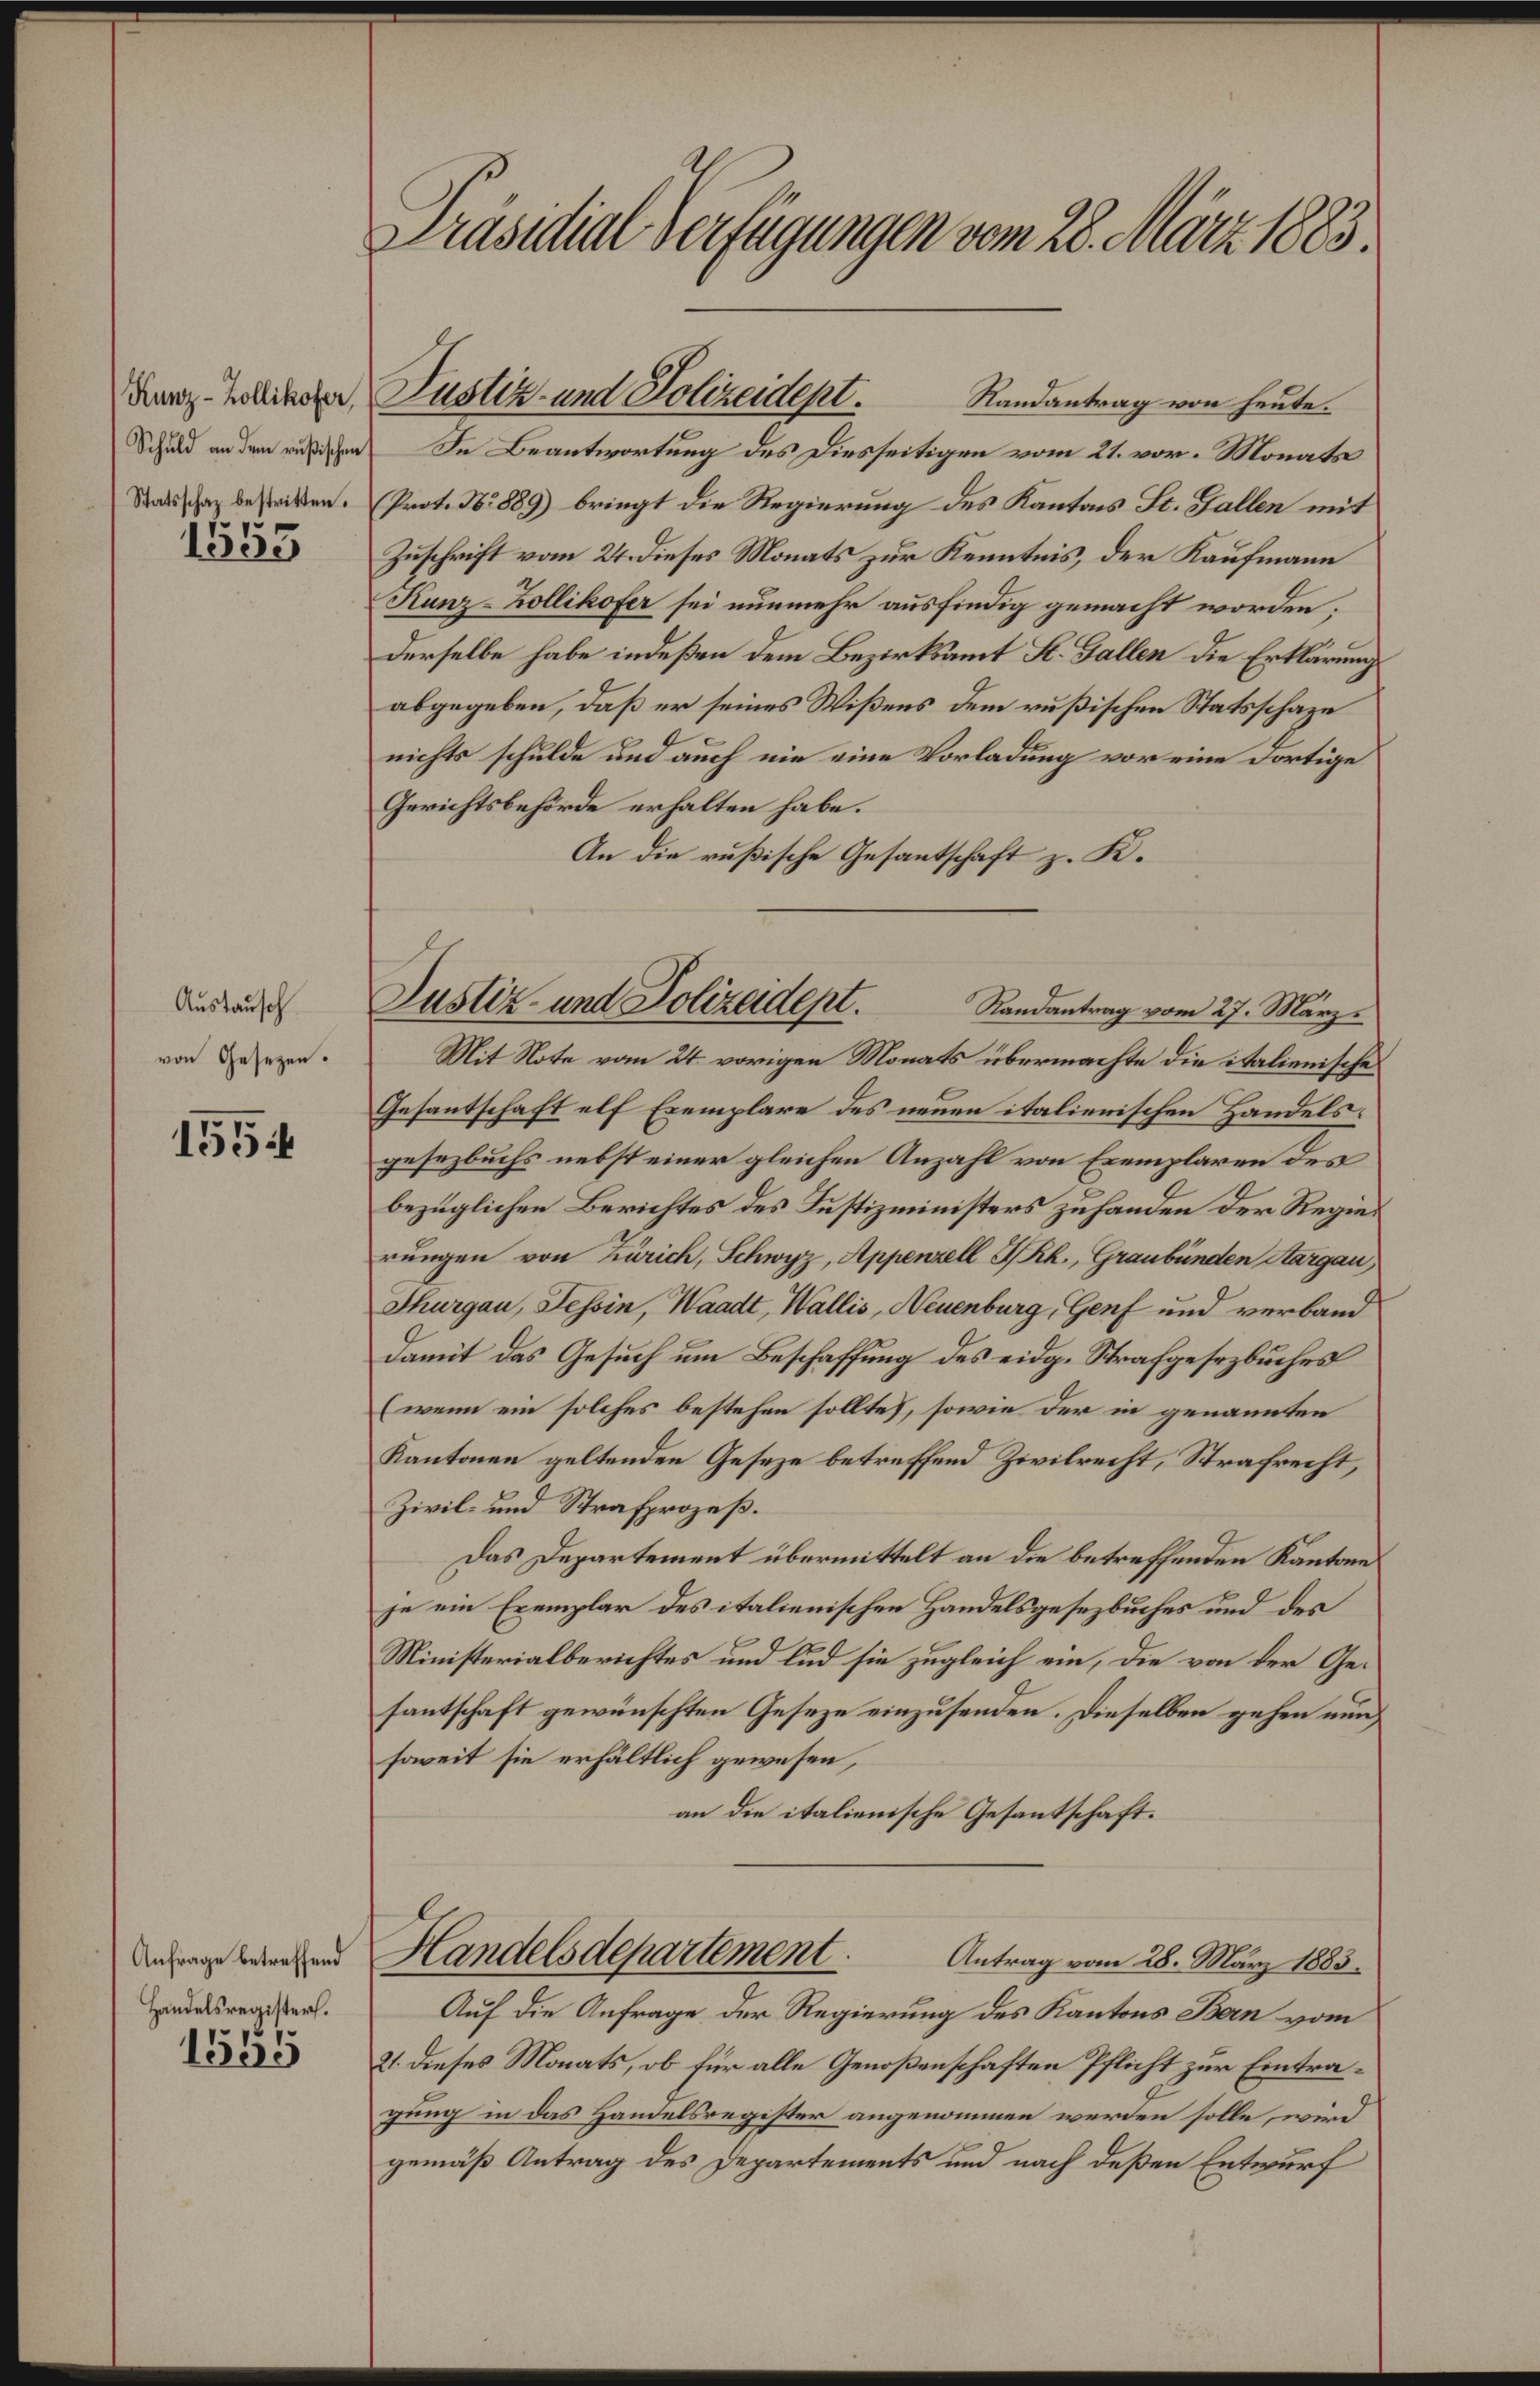
Kunz-Zollikofer,
Schuld an dem rußischen
Statsschaz bestritten.

1553

Austausch
von Gesezen.

1554

Anfrage betreffend
Handelsregister.

1595

¬
Präsidial-Verfügungen vom 28. März 1885.

In Beantwortung des Diesseitigen vom 21. vor. Monats
Prot. No 889) bringt die Regierung des Kantons St. Gallen mit
Zuschrift vom 24. dieses Monats zur Kenntnis, der Kaufmann
Kunz-Zollikofer sei nunmehr ausfindig gemacht worden;
derselbe habe indeßen dem Bezirksamt St. Gallen die Erklärung
abgegeben, daß er seines Wißens dem rußischen Statsschaze
nichts schulde und auch nie eine Vorladung vor eine dortige
Gerichtsbehörde erhalten habe.
An die rußische Gesantschaft z. K.
Mit Note vom 24. vorigen Monats übermachte die italienische
Gesantschaft elf Exemplare des neuen italienischen Handelsgesezbuchs nebst einer gleichen Anzahl von Exemplaren des
bezüglichen Berichtes des Justizministers zuhanden der Regierŭngen von Zürich, Schwyz, Appenzell I.Rh., Graubünden Aargau,
Thurgau, Tessin, Waadt, Wallis, Neuenburg, Genf und verband
damit das Gesuch um Beschaffung des eidg. Strafgesezbuches
(wenn ein solches bestehen sollte, sowie der in genannten
Kantonen geltenden Geseze betreffend Zivilrecht, Strafrecht,
Zivil- und Strafprozeß.
Das Departement übermittelt an die betreffenden Kantone
je ein Exemplar des italienischen Handelsgesezbuches und des
Ministerialberichtes und lud sie zugleich ein, die von der Gesantschaft gewünschten Geseze einzusenden. Dieselben gehen nun
soweit sie erhältlich gewesen,
an die italienische Gesantschaft.
Handelsdepartement.
Antrag vom 28. März 1883.
Auf die Anfrage der Regierung des Kantons Bern vom
21. dieses Monats, ob für alle Genoßenschaften Pflicht zur Eintragung in das Handelsregister angenommen werden solle, wird
gemäß Antrag des Departements und nach deßen Entwurf

Justiz- und Polizeidept. Randantrag von heute.

Justiz- und Polizadept. Randantrag vom 27. März.